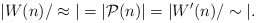
\begin{align*}|W(n)/\approx|=|\mathcal{P}(n)|=|W'(n)/\sim|. \end{align*}